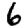
Digit: 6